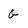
Character: O